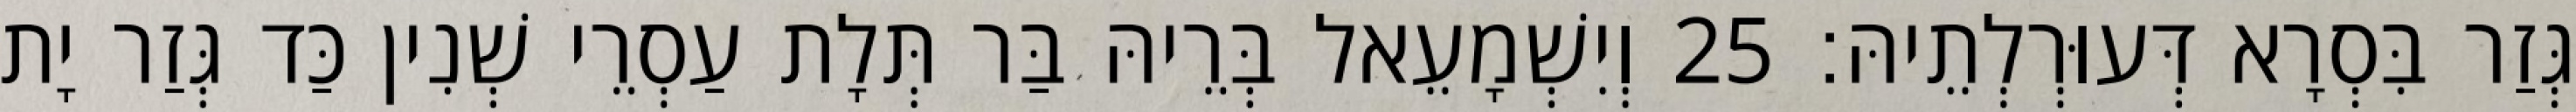
גְּזַר בִּסְרָא דְּעוּרְלְתֵיהּ׃ 25 וְיִשְׁמָעֵאל בְּרֵיהּ בַּר תְּלָת עַסְרֵי שְׁנִין כַּד גְּזַר יָת